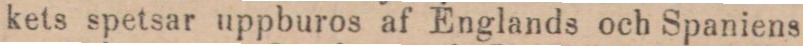
kets spetsar uppburos af Englands och Spaniens